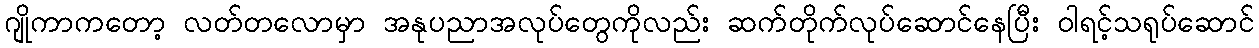
ဂျိုကာကတော့ လတ်တလောမှာ အနုပညာအလုပ်တွေကိုလည်း ဆက်တိုက်လုပ်ဆောင်နေပြီး ဝါရင့်သရုပ်ဆောင်